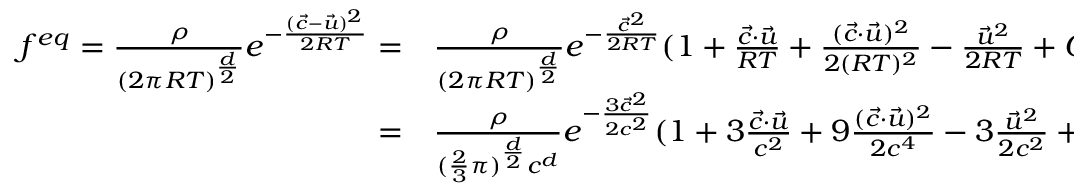
\begin{array} { r l } { f ^ { e q } = \frac { \rho } { ( 2 \pi R T ) ^ { \frac { d } { 2 } } } e ^ { - \frac { ( \Vec { c } - \Vec { u } ) ^ { 2 } } { 2 R T } } = } & { { } \frac { \rho } { ( 2 \pi R T ) ^ { \frac { d } { 2 } } } e ^ { - \frac { \vec { c } ^ { 2 } } { 2 R T } } ( 1 + \frac { \Vec { c } \cdot \Vec { u } } { R T } + \frac { ( \Vec { c } \cdot \Vec { u } ) ^ { 2 } } { 2 ( R T ) ^ { 2 } } - \frac { \Vec { u } ^ { 2 } } { 2 R T } + O ( \Vec { u } ^ { 3 } ) ) } \\ { = } & { { } \frac { \rho } { ( \frac { 2 } { 3 } \pi ) ^ { \frac { d } { 2 } } c ^ { d } } e ^ { - \frac { 3 \vec { c } ^ { 2 } } { 2 c ^ { 2 } } } ( 1 + 3 \frac { \Vec { c } \cdot \Vec { u } } { c ^ { 2 } } + 9 \frac { ( \Vec { c } \cdot \Vec { u } ) ^ { 2 } } { 2 c ^ { 4 } } - 3 \frac { \Vec { u } ^ { 2 } } { 2 c ^ { 2 } } + O ( \Vec { u } ^ { 3 } ) ) . } \end{array}